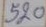
520